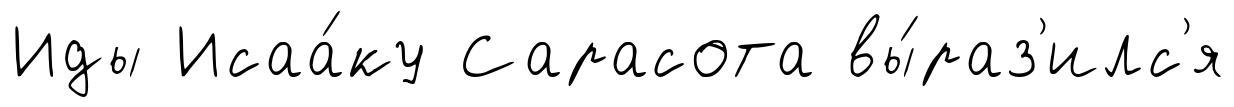
Иды Исаа́ку Сарасота вы́раз'илс'я